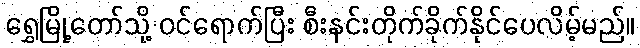
ရွှေမြို့တော်သို့ ဝင်ရောက်ပြီး စီးနင်းတိုက်ခိုက်နိုင်ပေလိမ့်မည်။